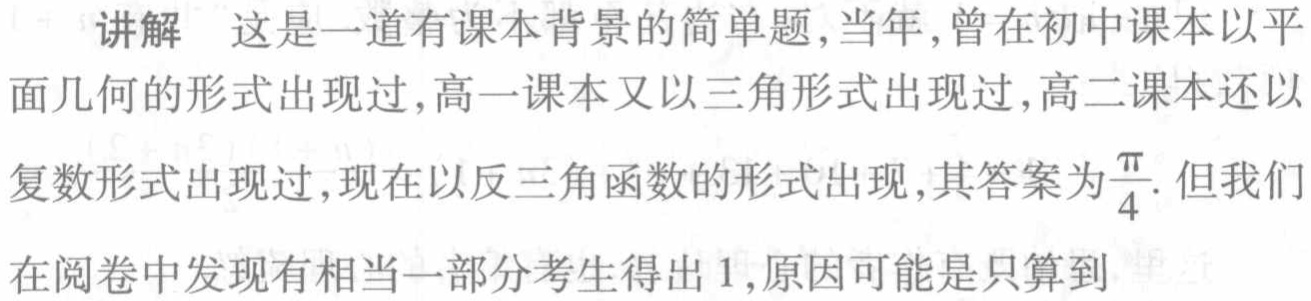
讲解 这是一道有课本背景的简单题,当年,曾在初中课本以平面几何的形式出现过,高一课本又以三角形式出现过,高二课本还以复数形式出现过,现在以反三角函数的形式出现,其答案为$\frac{\pi}{4}$. 但我们在阅卷中发现有相当一部分考生得出 1,原因可能是只算到